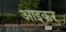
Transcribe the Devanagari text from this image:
आइकर